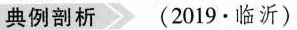
典例剖析 (2019·临沂)